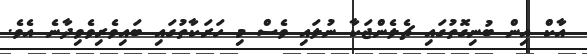
އާކް އިން ބުނިގޮތުގައި ޗެލެންޖަކާ ނުލައި ވެސް މި ހަރަކާތުގައި ބައިވެރިވެވިދާނެ އެވެ.